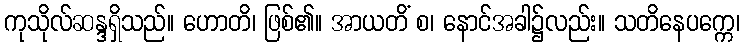
ကုသိုလ်ဆန္ဒရှိသည်။ ဟောတိ၊ ဖြစ်၏။ အာယတိံ စ၊ နောင်အခါ၌လည်း။ သတိနေပက္ကေ၊